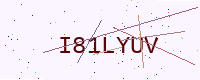
Text: I81LYUV